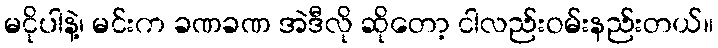
မငိုပါနဲ့၊ မင်းက ခဏခဏ အဲဒီလို ဆိုတော့ ငါလည်းဝမ်းနည်းတယ်။